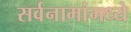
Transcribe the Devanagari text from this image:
सर्वनामांमध्ये